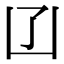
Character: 𠙶